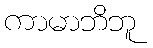
ကာမာဘိဘူ